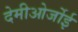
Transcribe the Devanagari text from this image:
देमीओर्जोई